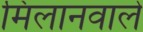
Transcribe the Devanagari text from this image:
मिलानवाले